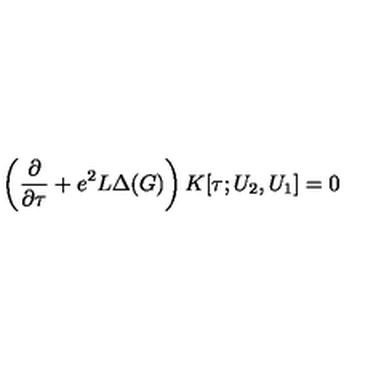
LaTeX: \left( \frac { \partial } { \partial \tau } + e ^ { 2 } L \Delta ( G ) \right) K [ \tau ; U _ { 2 } , U _ { 1 } ] = 0